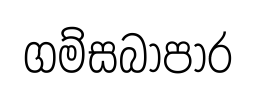
ගම්සබාපාර